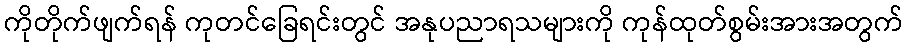
ကိုတိုက်ဖျက်ရန် ကုတင်ခြေရင်းတွင် အနုပညာရသများကို ကုန်ထုတ်စွမ်းအားအတွက်